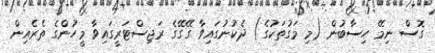
ގޮސް ނިމޭ ހިސާބުން (މި މަގުތަކުގެ) ދެކުނުގައިވާ ގޭގޭގެ ރަޖިސްޓަރީގައިވާ މީހުންގެ ތެރެއިން